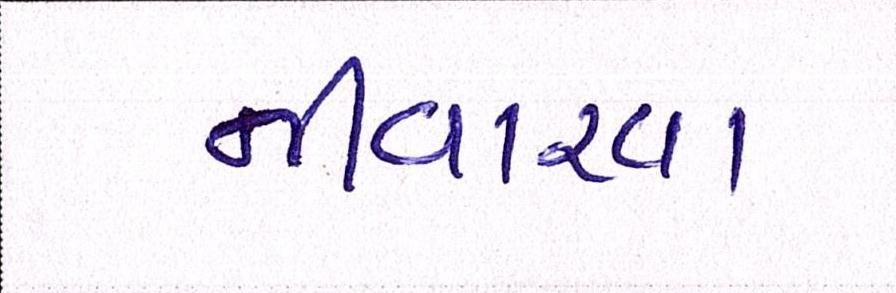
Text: નીવારવા